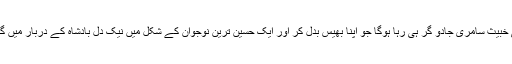
جس ماہر حکیم کی شہرت کا ذکر نیک دل بادشاہ نے اس سے کیا تھا یہ وہی خبیث سامری جادو گر ہی رہا ہوگا جو اپنا بھیس بدل کر اور ایک حسین ترین نوجوان کے شکل میں نیک دل بادشاہ کے دربار میں گیا ہوگا اور اب راز کھل جانے کی وجہ سے بادشاہ سے انتقام پر اتر آیا ہو گا۔